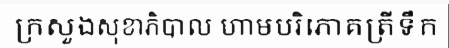
ក្រសួងសុខាភិបាល ហាមបរិភោគត្រីទឹក